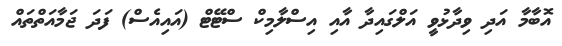
އޮބާމާ އަދި ވިދާޅުވީ އަލްގައިދާ އާއި އިސްލާމިކް ސްޓޭޓް (އައިއެސް) ފަދަ ޖަމާއަތްތައް